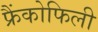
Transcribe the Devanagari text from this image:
फ्रैंकोफिली